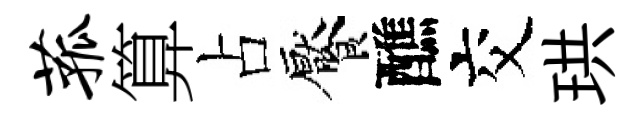
菰算占饜醮交珙